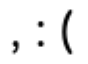
, : (